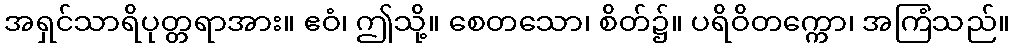
အရှင်သာရိပုတ္တရာအား။ ဧဝံ၊ ဤသို့။ စေတသော၊ စိတ်၌။ ပရိဝိတက္ကော၊ အကြံသည်။